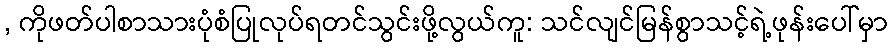
, ကိုဖတ်ပါစာသားပုံစံပြုလုပ်ရတင်သွင်းဖို့လွယ်ကူ: သင်လျင်မြန်စွာသင့်ရဲ့ဖုန်းပေါ်မှာ